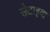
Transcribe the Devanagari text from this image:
सेटाइवा